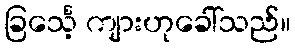
ခြင်္သေ့ ကျားဟုခေါ်သည်။